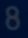
8